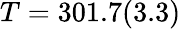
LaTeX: T=301.7(3.3)